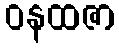
ဝနထဇာ